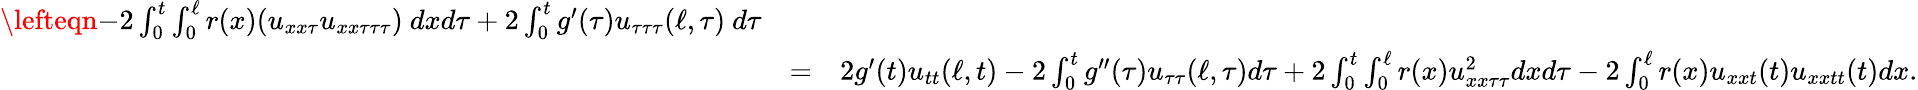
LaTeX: \begin{array}{rlr}{\lefteqn{-2\int_{0}^{t}\int_{0}^{\ell}r(x)(u_{xx\tau}u_{xx\tau\tau\tau})\ dxd\tau+2\int_{0}^{t}g^{\prime}(\tau)u_{\tau\tau\tau}(\ell,\tau)\ d\tau}}\\ &{=}&{2g^{\prime}(t)u_{tt}(\ell,t)-2\int_{0}^{t}g^{\prime\prime}(\tau)u_{\tau\tau}(\ell,\tau)d\tau+2\int_{0}^{t}\int_{0}^{\ell}r(x)u_{xx\tau\tau}^{2}dxd\tau-2\int_{0}^{\ell}r(x)u_{xxt}(t)u_{xxtt}(t)dx.}\end{array}